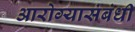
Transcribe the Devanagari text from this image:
आरोग्यासंबंधी